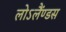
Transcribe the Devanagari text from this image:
लोऽलैंण्डस